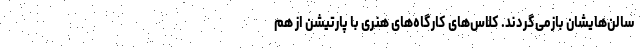
سالن‌هایشان بازمی‌گردند. کلاس‌های کارگاه‌های هنری با پارتیشن از هم